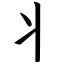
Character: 丬